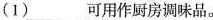
(1)___可用作厨房调味品。